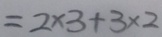
= 2 \times 3 + 3 \times 2